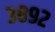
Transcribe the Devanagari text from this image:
३८९२